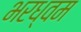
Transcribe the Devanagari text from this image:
भरध्वम